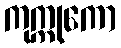
ကုက္ကုကော